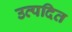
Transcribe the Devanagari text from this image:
उत्पदित